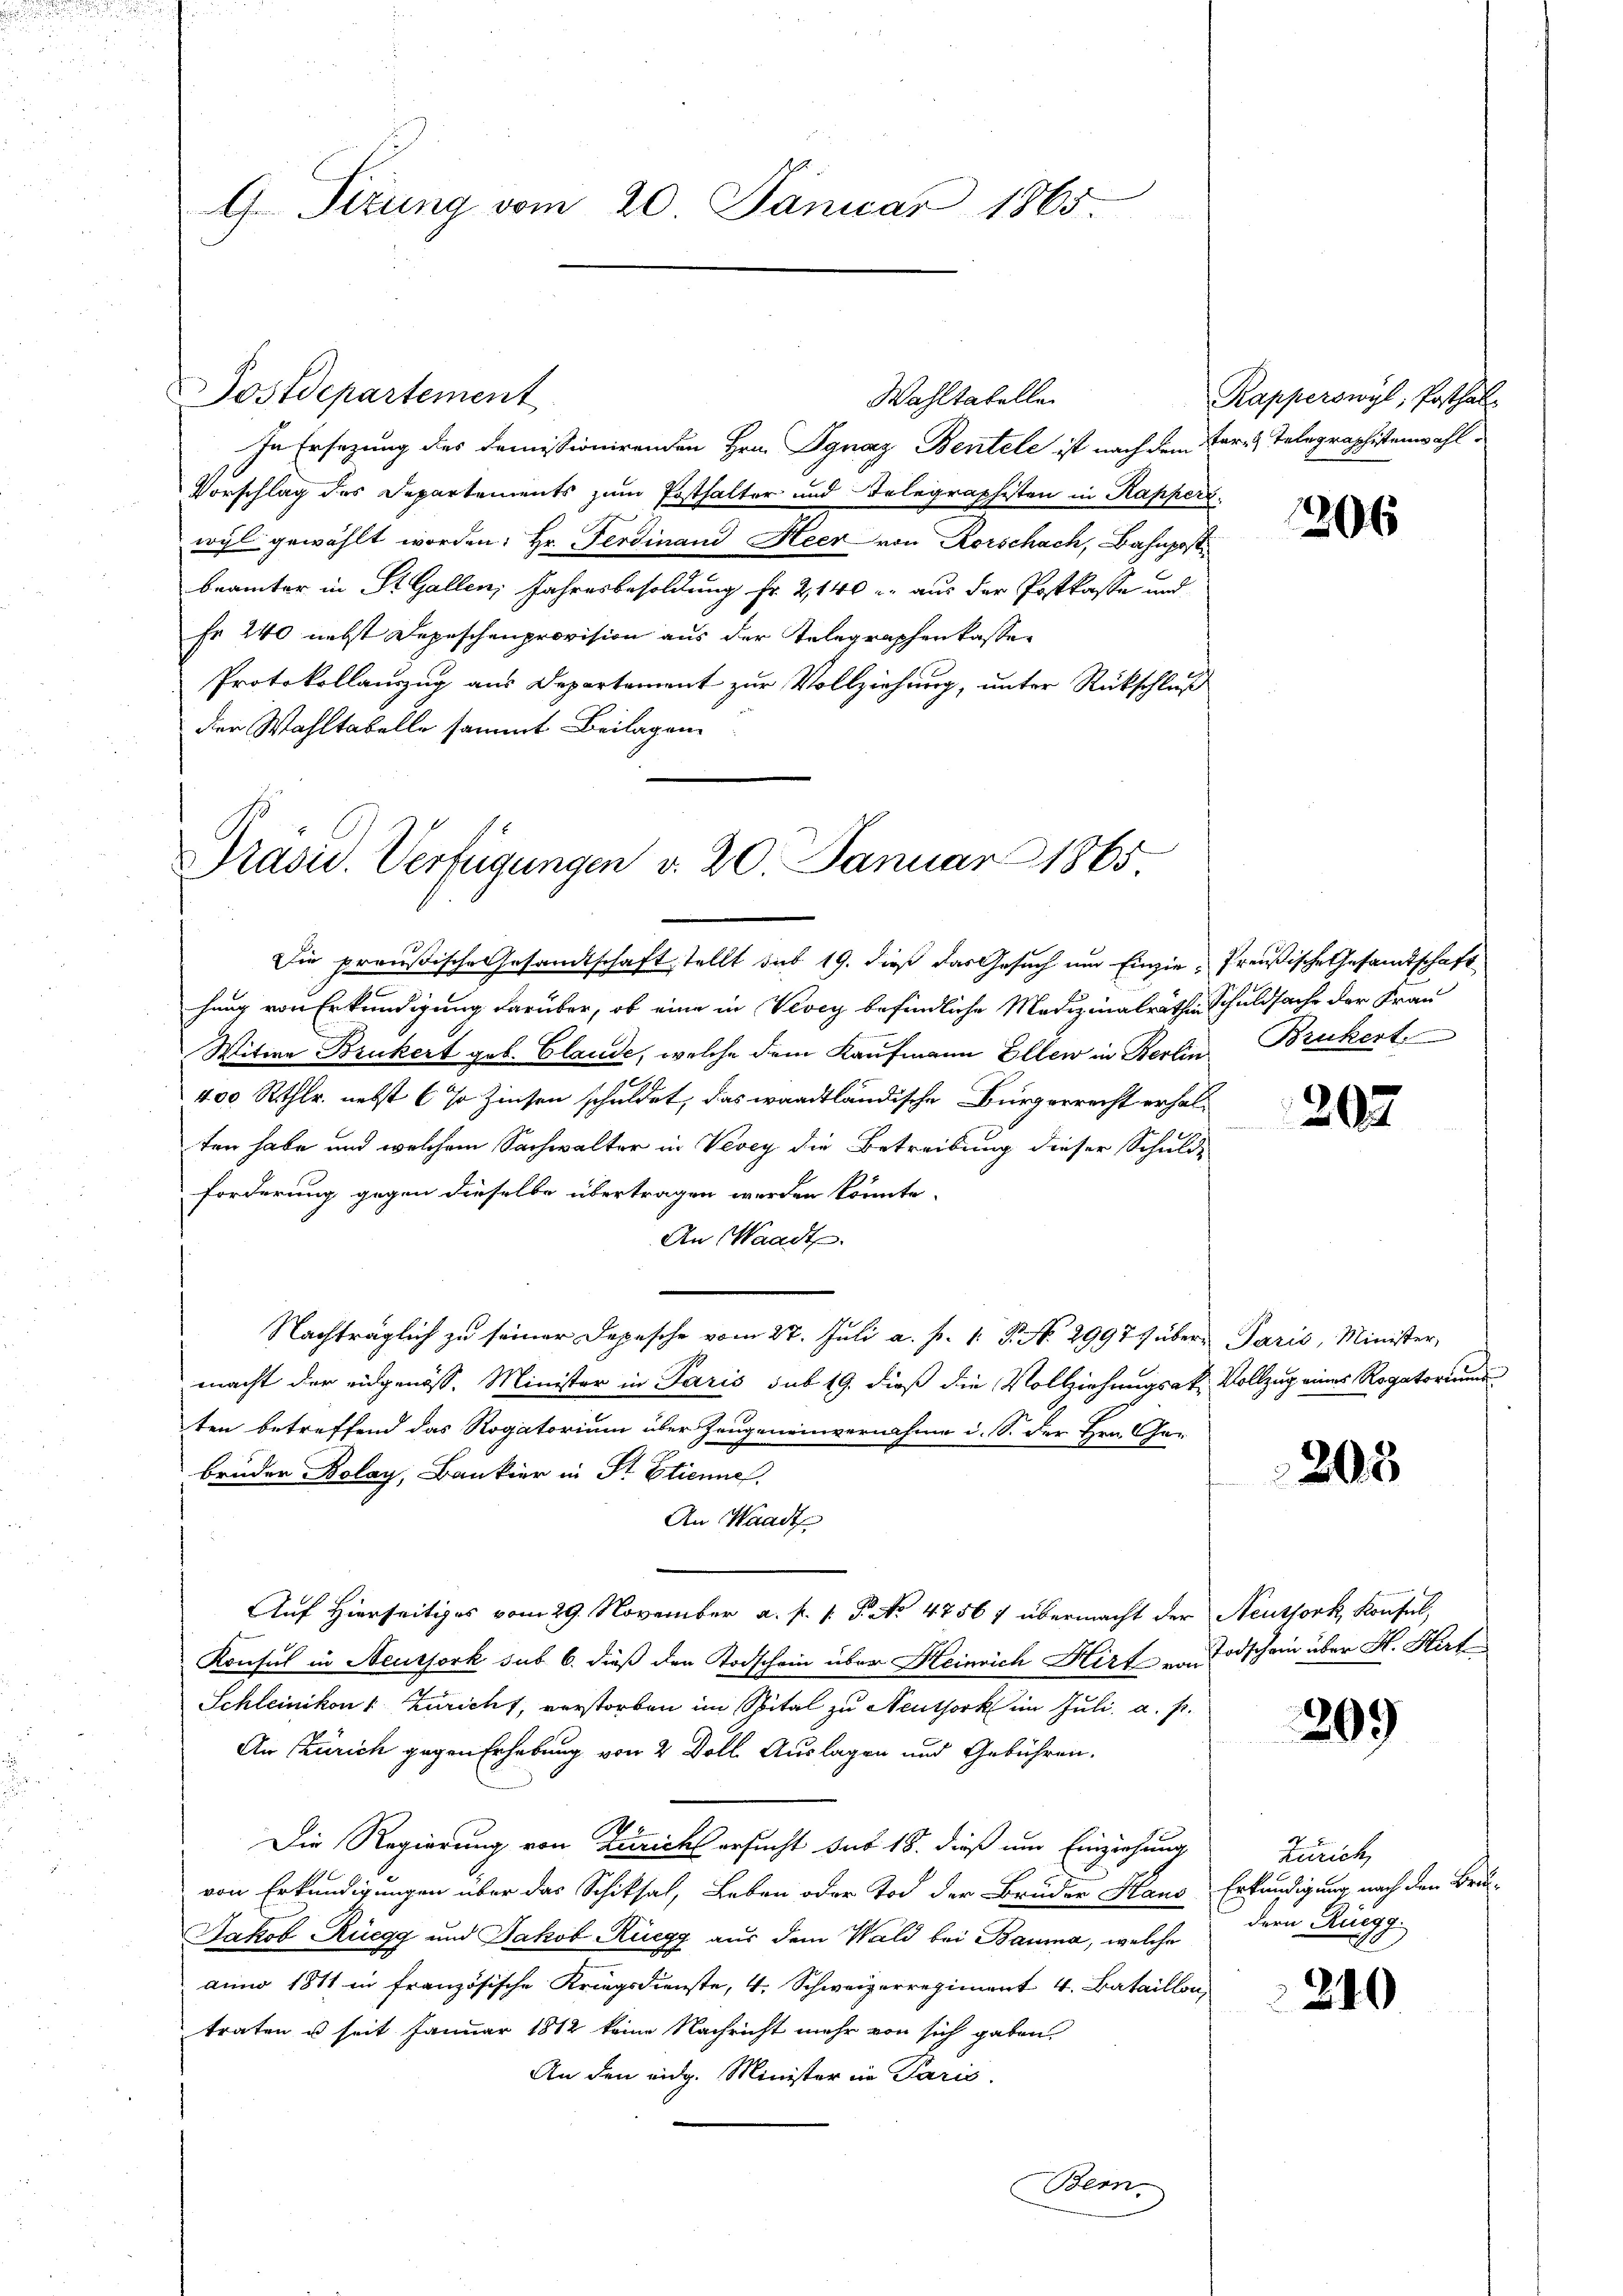
G. Pirung vom 20. Januar 1865.

Postdepartement

In Ersezung des Domissionirenden Hrn. Ignaz Bentele ist nach dem Par- & Telegraphistenwahl¬
Vorschlag des Departements zum Posthalter und Telegraphisten in Kappers
wyl gewählt worden. Hr. Ferdinand Heer von Rorschach, Bahnpost
brämter in St. Gallen, Jahresbesoldung fr. 2140 u. aus der Postkasse und
Fr 240 nebst Depeschenprovision aus der Telegraphenkasser
Protokollauszug aus Departement zur Vollziehung, unter Rückschluß
der Wahltabelle sammt Beilagen

Wahltatelle

Prasid. Verfügungen d. 20. Januar 1865

Kapperswyl, Posthal

Die preußische Gesandtschaft stellt sub 19. dieß das Gesuch um Einzie- Preußische Gesandtschaft
hang von Erkundigung darüber, ob eine in Vevey befindliche Medizinalräthen Schuldsache der Frau
Witwe Bruckert geb. Claude, welche dem Kaufmann Ellen in Berlin Bruckert
.
400 Rthlr. nebst (so Zinsen schuldet, das waadtländische Bürgerrecht erhalten habe und welchem Sachwalter in Vevey die Betreibung dieser Schuld-
Forderung gegen dieselbe übertragen werden könnte.
An Waadt.
Nachträglich zu seiner Depesche vom 27. Juli a. p. 1. P. Nr. 2997) über Paris, Minister,
macht der eidgenöss. Minister in Paris sub 19. dieß die Vollziehungsak, Vollzug eines Rogatoriums
ten betreffend das Rogatorium über Zeugeneinvernahme i. S. der Hrn. Ge-
brüder Bolay, Bankier in Sr. Etienne.
An Waadt
Auf Hierseitiges vom 29. November a. f. 1. P. No. 47567 übermacht der Neussork, Konsul,
Konsul in Neussork sub 6. dieß den Todschein über Heinrich Hirt von Todschein über H. Hirt
Schleinikon & Züricht, verstorben im Spital zu Neuthork im Juli a. p.
An Zürich gegen Erhebung von 2 Doll. Auslagen und Gebühren.
Die Regierung von Zürichs ersucht sub 18. dieß um Einziehung
von Erkundigungen über das Schiksal, Leben oder Tod der Bruder Haus Erkundigung nach den Bru-
Jakob Rüegg und Jakob Rüegg aus dem Wald bei Bauma, welche
anno 1811 in französische Kriegsdienste, 4. Schweizerregiment 4. Bataillon
traten u seit Januar 1812 keine Nachricht mehr von sich gaben.
An den eidg. Minister in Paris.
Bern.

206

202

203

209

Zürich,
dern Ruegg.

2)

1